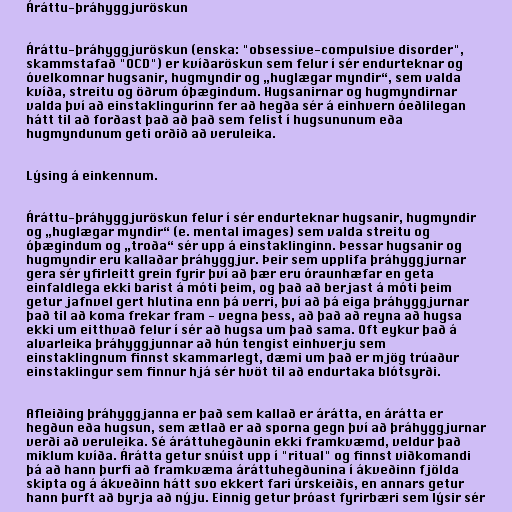
Áráttu-þráhyggjuröskun

Áráttu-þráhyggjuröskun (enska: "obsessive-compulsive disorder",
skammstafað "OCD") er kvíðaröskun sem felur í sér endurteknar og
óvelkomnar hugsanir, hugmyndir og „huglægar myndir“, sem valda
kvíða, streitu og öðrum óþægindum. Hugsanirnar og hugmyndirnar
valda því að einstaklingurinn fer að hegða sér á einhvern óeðlilegan
hátt til að forðast það að það sem felist í hugsununum eða
hugmyndunum geti orðið að veruleika.

Lýsing á einkennum.

Áráttu-þráhyggjuröskun felur í sér endurteknar hugsanir, hugmyndir
og „huglægar myndir“ (e. mental images) sem valda streitu og
óþægindum og „troða“ sér upp á einstaklinginn. Þessar hugsanir og
hugmyndir eru kallaðar þráhyggjur. Þeir sem upplifa þráhyggjurnar
gera sér yfirleitt grein fyrir því að þær eru óraunhæfar en geta
einfaldlega ekki barist á móti þeim, og það að berjast á móti þeim
getur jafnvel gert hlutina enn þá verri, því að þá eiga þráhyggjurnar
það til að koma frekar fram - vegna þess, að það að reyna að hugsa
ekki um eitthvað felur í sér að hugsa um það sama. Oft eykur það á
alvarleika þráhyggjunnar að hún tengist einhverju sem
einstaklingnum finnst skammarlegt, dæmi um það er mjög trúaður
einstaklingur sem finnur hjá sér hvöt til að endurtaka blótsyrði.

Afleiðing þráhyggjanna er það sem kallað er árátta, en árátta er
hegðun eða hugsun, sem ætlað er að sporna gegn því að þráhyggjurnar
verði að veruleika. Sé áráttuhegðunin ekki framkvæmd, veldur það
miklum kvíða. Árátta getur snúist upp í "ritual" og finnst viðkomandi
þá að hann þurfi að framkvæma áráttuhegðunina í ákveðinn fjölda
skipta og á ákveðinn hátt svo ekkert fari úrskeiðis, en annars getur
hann þurft að byrja að nýju. Einnig getur þróast fyrirbæri sem lýsir sér